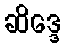
ဆိဒ္ဒေ